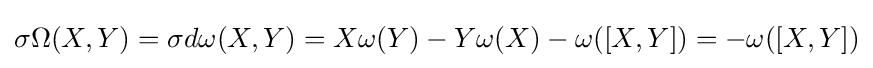
\sigma \Omega (X,Y)=\sigma d\omega (X,Y)=X\omega (Y)-Y\omega (X)-\omega ([X,Y])=-\omega ([X,Y])